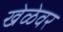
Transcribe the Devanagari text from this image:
खेळेवर